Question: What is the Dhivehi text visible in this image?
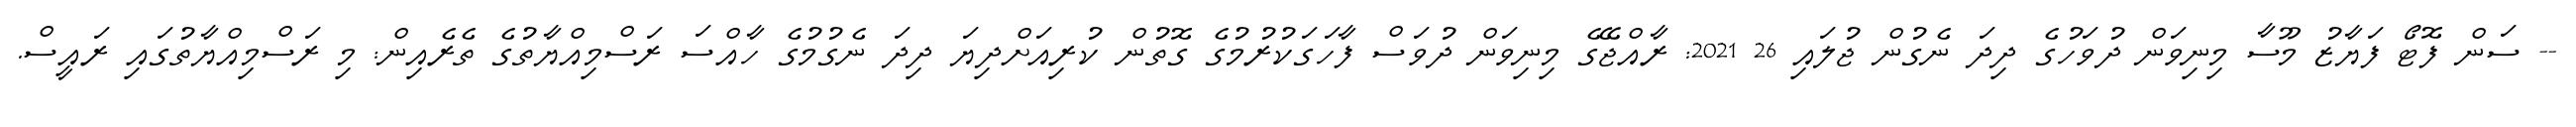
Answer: -- ސަން ފޮޓޯ ފަޔާޒު މޫސާ މިނިވަން ދުވަހުގެ ދިދަ ނެގުން ޖުލައި 26 2021: ރާއްޖޭގެ މިނިވަން ދުވަސް ފާހަގަކުރުމުގެ ގޮތުން ކުރިއަށްދިޔަ ދިދަ ނެގުމުގެ ހާއްސަ ރަސްމިއްޔާތުގެ ތެރެއިން: މި ރަސްމިއްޔާތުގައި ރައީސް.